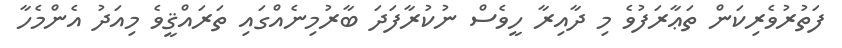
ފަތުރުވެރިކަން ތަޢާރަފުވެ މި ދާއިރާ ހީވެސް ނުކުރާފަދަ ބާރުމިނެއްގައި ތަރައްޤީވެ މިއަދު އެންމެހާ